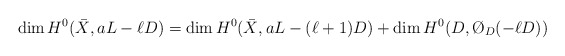
\begin{align*}\dim H^0(\bar X,aL-\ell D)=\dim H^0(\bar X,aL-(\ell+1) D)+\dim H^0(D,\O_D(-\ell D))\end{align*}